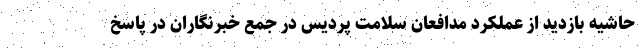
حاشیه بازدید از عملکرد مدافعان سلامت پردیس در جمع خبرنگاران در پاسخ